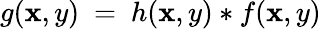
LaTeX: g(\mathbf{x},y)~=~h(\mathbf{x},y)*f(\mathbf{x},y)